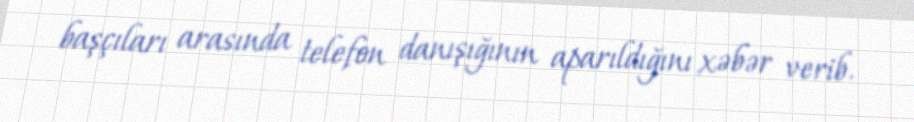
başçıları arasında telefon danışığının aparıldığını xəbər verib.